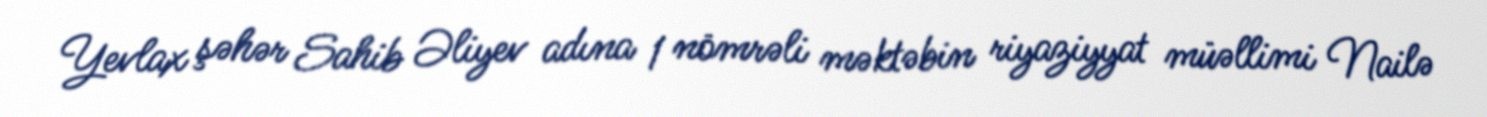
Yevlax şəhər Sahib Əliyev adına 1 nömrəli məktəbin riyaziyyat müəllimi Nailə